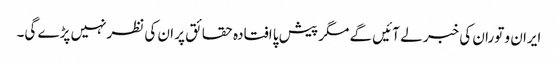
ایران و توران کی خبر لے آئیں گے مگر پیش پا افتادہ حقائق پر ان کی نظرنہیں پڑے گی۔